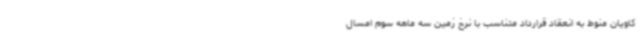
کاویان منوط به انعقاد قرارداد متناسب با نرخ زمین سه ماهه سوم امسال